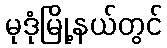
မုဒုံမြို့နယ်တွင်